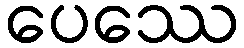
ပေဿေ